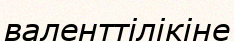
валенттілікіне